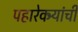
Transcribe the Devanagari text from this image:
पहारेकर्‍यांची